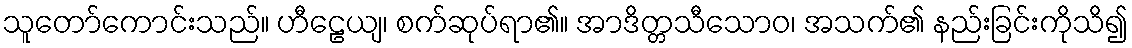
သူတော်ကောင်းသည်။ ဟီဠေယျ၊ စက်ဆုပ်ရာ၏။ အာဒိတ္တသီသောဝ၊ အသက်၏ နည်းခြင်းကိုသိ၍